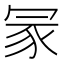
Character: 冡